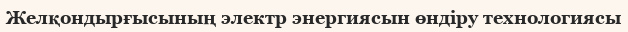
Желқондырғысының электр энергиясын өндіру технологиясы